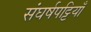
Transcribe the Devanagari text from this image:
संघर्षपट्टियाँ